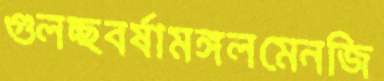
গুলচ্ছবর্ষামঙ্গলমেনজি